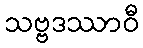
သဗ္ဗဒဿာဝီ